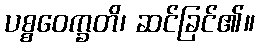
ပစ္စဝေက္ခတိ၊ ဆင်ခြင်၏။